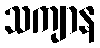
သကျာန